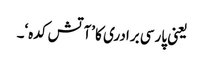
یعنی پارسی برادری کا ’آتش کدہ‘۔